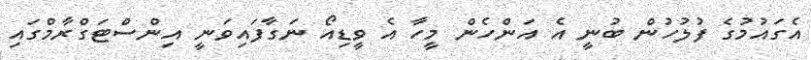
އެގައުމުގެ ފުލުހުން ބުނީ އެ އަންހެން މީހާ އެ ވީޑިއޯ ނަގާފައިވަނީ އިންސްޓަގްރާމްގައި